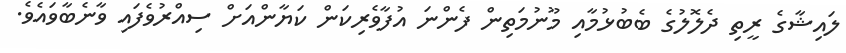
ލައިޝާގެ ރީތި ދެލޮލުގެ ބެބުޅުމާއި މޫނުމަތިން ފެންނަ އުފާވެރިކަން ކަޔާންއަށް ސިއްރުވެފައި ވާނެބާވައެވެ.